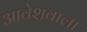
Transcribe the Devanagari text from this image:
आवेशवाला